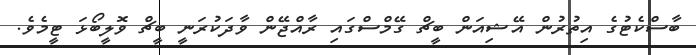
ބާސްކެޓުގެ އިތުރުން އޭޝިއަން ބީޗް ގޭމްސްގައި ރާއްޖޭން ވާދަކުރަނީ ބީޗް ވޮލީބޯޅަ ޓީމެވެ.